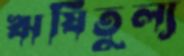
ঋষিতুল্য